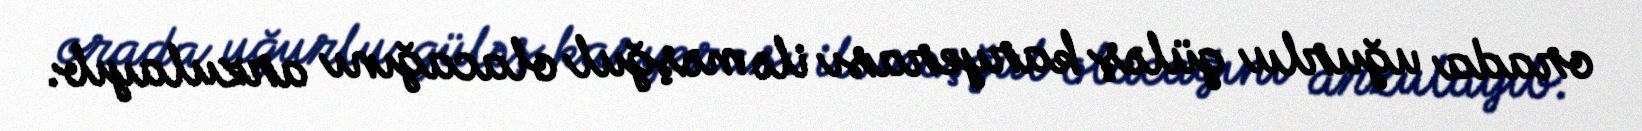
orada uğurlu güləş karyerası ilə məşğul olacağını arzulayıb.